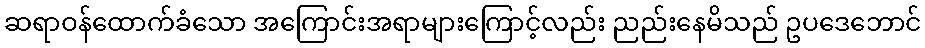
ဆရာဝန်ထောက်ခံသော အကြောင်းအရာများကြောင့်လည်း ညည်းနေမိသည် ဥပဒေဘောင်